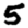
Digit: 5